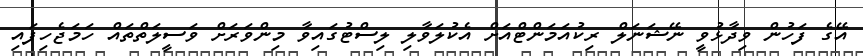
އޭގެ ފަހުން ވިދާޅުވީ ނޭޝަނަލް ރިކުއަމަންޓްއަށް އެކުލަވާލި ލިސްޓުގައިވާ މިންވަރަށް ވަސީލަތްތައް ހަމަޖެހިފައި